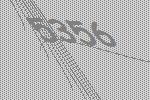
5356